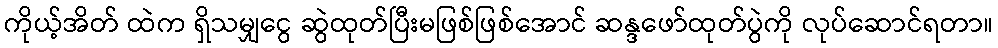
ကိုယ့်အိတ် ထဲက ရှိသမျှငွေ ဆွဲထုတ်ပြီးမဖြစ်ဖြစ်အောင် ဆန္ဒဖော်ထုတ်ပွဲကို လုပ်ဆောင်ရတာ။